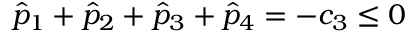
\hat { p } _ { 1 } + \hat { p } _ { 2 } + \hat { p } _ { 3 } + \hat { p } _ { 4 } = - c _ { 3 } \leq 0